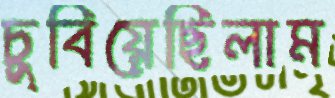
চুবিয়েছিলাম